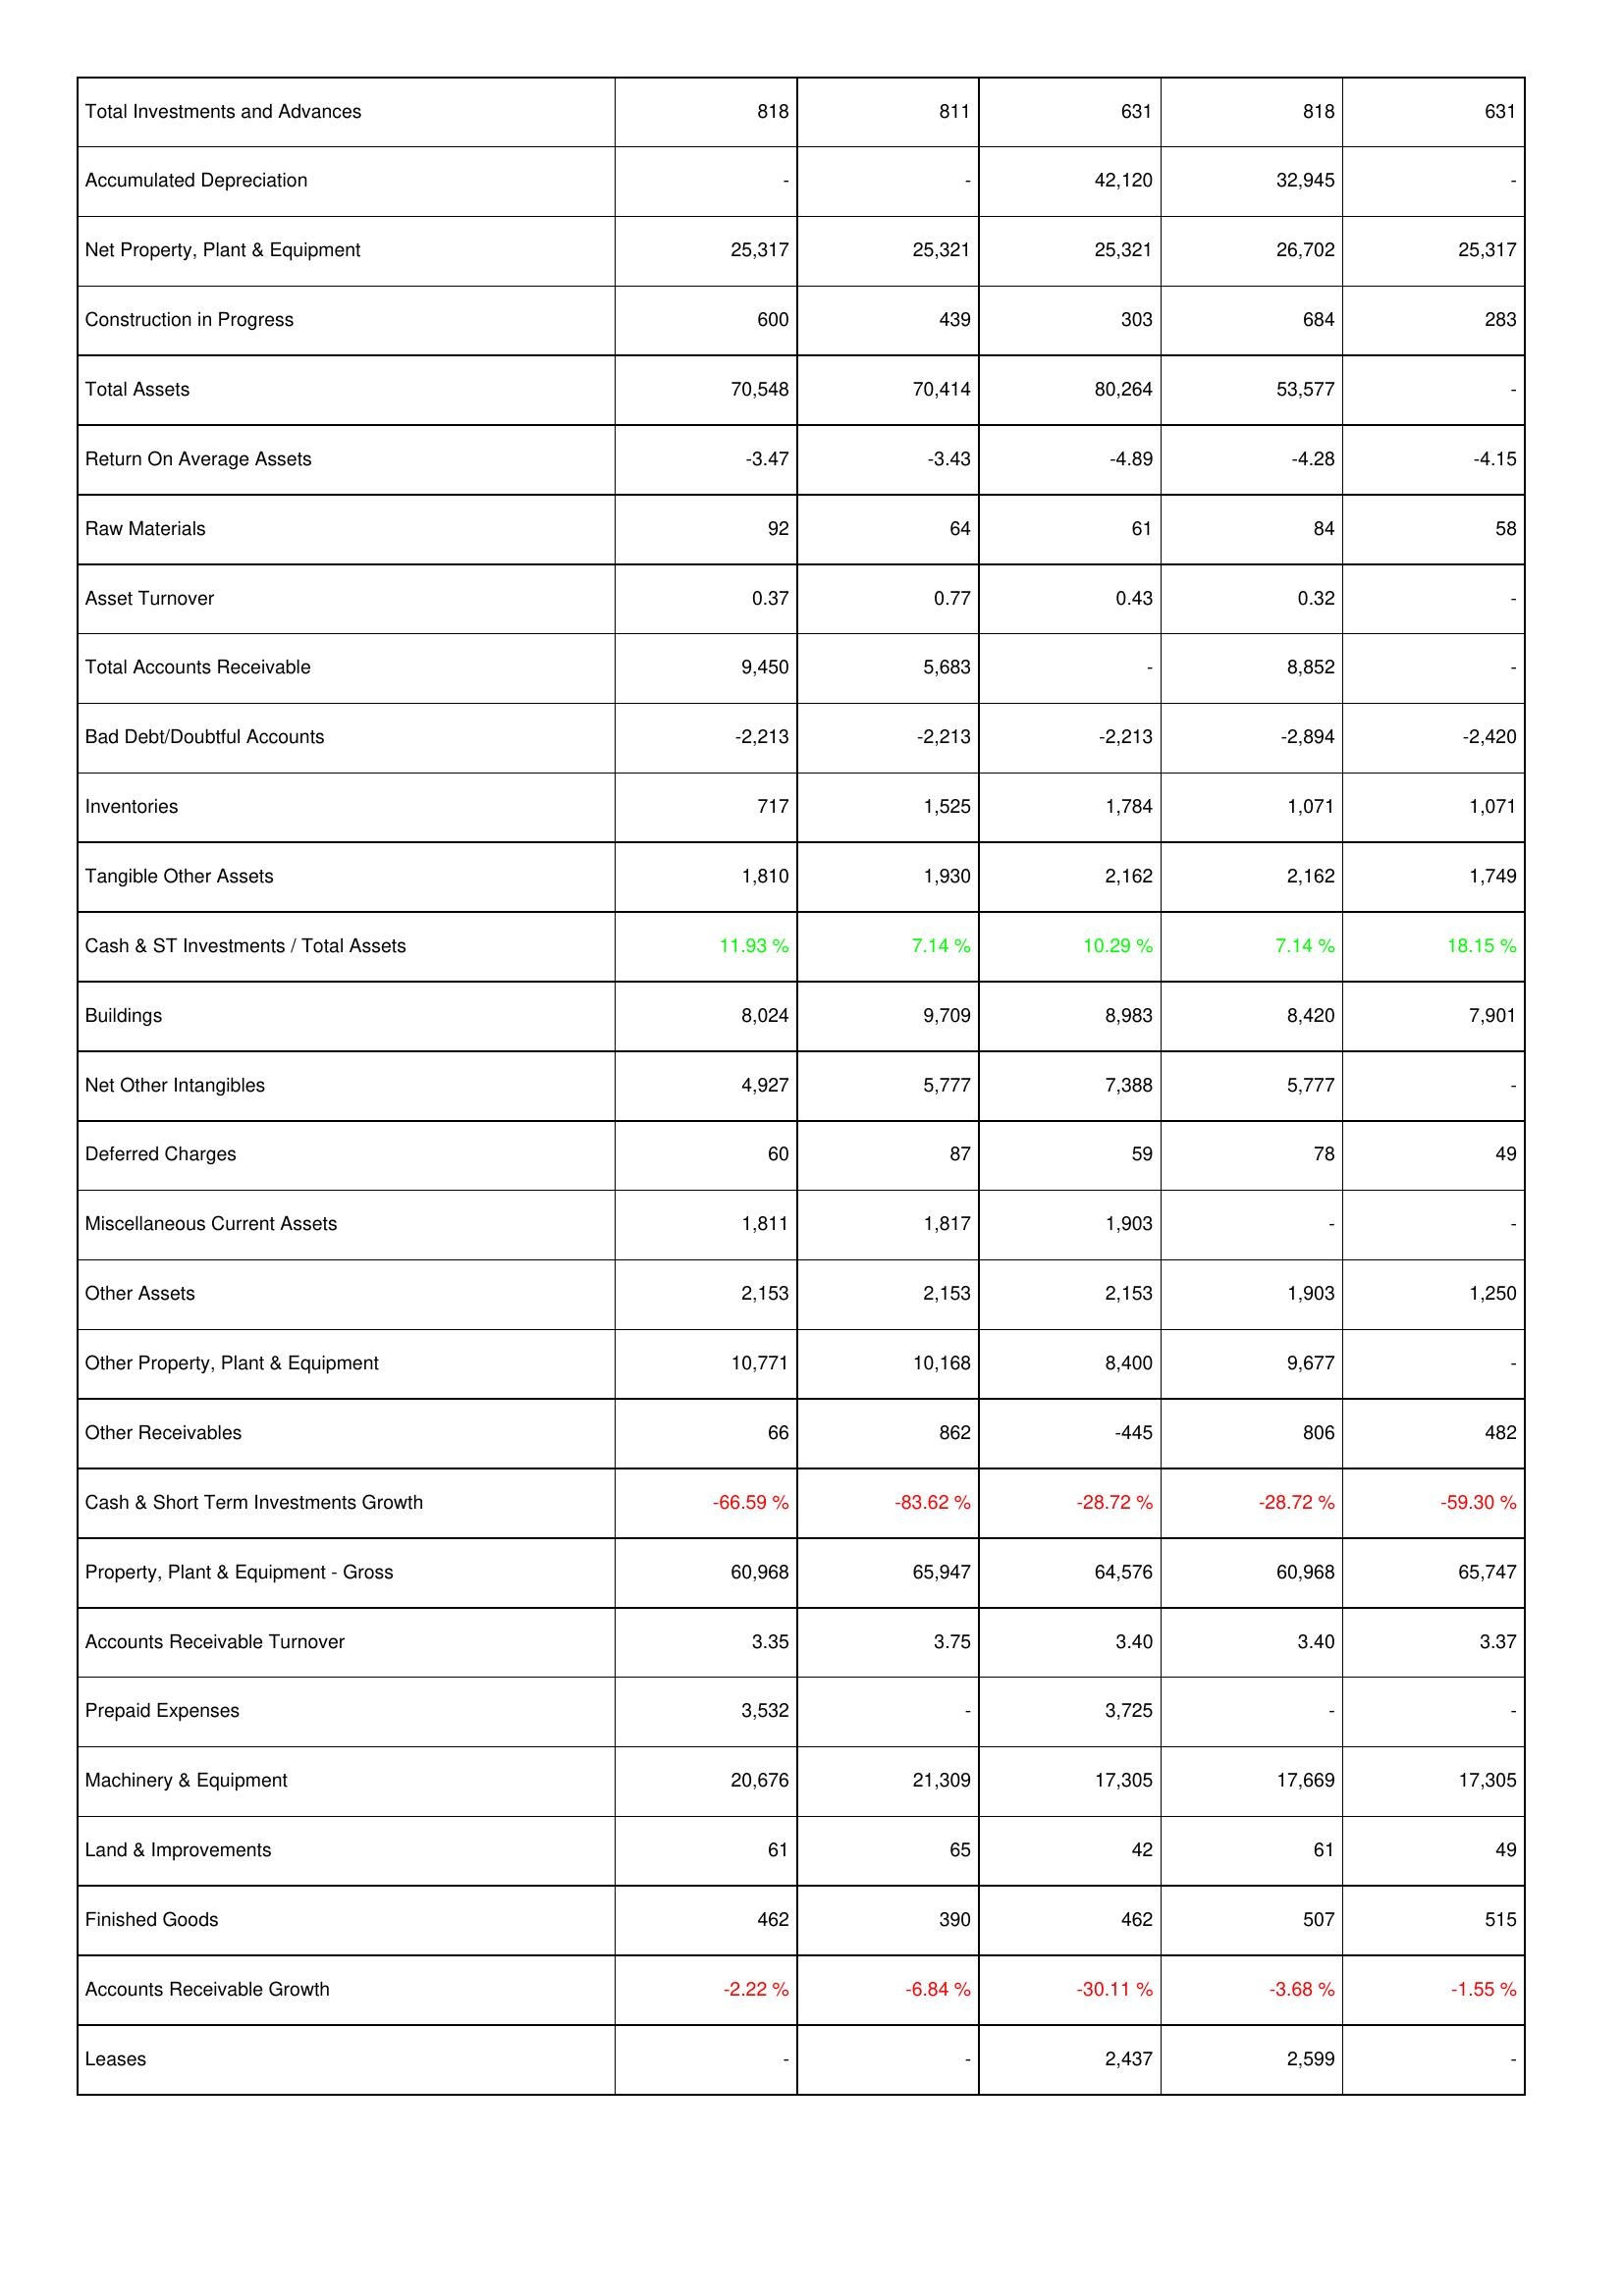
2017: Assets: Total Investments and Advances: 818
Accumulated Depreciation: -
Net Property, Plant & Equipment: 25,317
Construction in Progress: 600
Total Assets: 70,548
Return On Average Assets: -3.47
Raw Materials: 92
Asset Turnover: 0.37
Total Accounts Receivable: 9,450
Bad Debt/Doubtful Accounts: -2,213
Inventories: 717
Tangible Other Assets: 1,810
Cash & ST Investments / Total Assets: 11.93 %
Buildings: 8,024
Net Other Intangibles: 4,927
Deferred Charges: 60
Miscellaneous Current Assets: 1,811
Other Assets: 2,153
Other Property, Plant & Equipment: 10,771
Other Receivables: 66
Cash & Short Term Investments Growth: -66.59 %
Property, Plant & Equipment - Gross: 60,968
Accounts Receivable Turnover: 3.35
Prepaid Expenses: 3,532
Machinery & Equipment: 20,676
Land & Improvements: 61
Finished Goods: 462
Accounts Receivable Growth: -2.22 %
Leases: -
2016: Assets: Total Investments and Advances: 811
Accumulated Depreciation: -
Net Property, Plant & Equipment: 25,321
Construction in Progress: 439
Total Assets: 70,414
Return On Average Assets: -3.43
Raw Materials: 64
Asset Turnover: 0.77
Total Accounts Receivable: 5,683
Bad Debt/Doubtful Accounts: -2,213
Inventories: 1,525
Tangible Other Assets: 1,930
Cash & ST Investments / Total Assets: 7.14 %
Buildings: 9,709
Net Other Intangibles: 5,777
Deferred Charges: 87
Miscellaneous Current Assets: 1,817
Other Assets: 2,153
Other Property, Plant & Equipment: 10,168
Other Receivables: 862
Cash & Short Term Investments Growth: -83.62 %
Property, Plant & Equipment - Gross: 65,947
Accounts Receivable Turnover: 3.75
Prepaid Expenses: -
Machinery & Equipment: 21,309
Land & Improvements: 65
Finished Goods: 390
Accounts Receivable Growth: -6.84 %
Leases: -
2015: Assets: Total Investments and Advances: 631
Accumulated Depreciation: 42,120
Net Property, Plant & Equipment: 25,321
Construction in Progress: 303
Total Assets: 80,264
Return On Average Assets: -4.89
Raw Materials: 61
Asset Turnover: 0.43
Total Accounts Receivable: -
Bad Debt/Doubtful Accounts: -2,213
Inventories: 1,784
Tangible Other Assets: 2,162
Cash & ST Investments / Total Assets: 10.29 %
Buildings: 8,983
Net Other Intangibles: 7,388
Deferred Charges: 59
Miscellaneous Current Assets: 1,903
Other Assets: 2,153
Other Property, Plant & Equipment: 8,400
Other Receivables: -445
Cash & Short Term Investments Growth: -28.72 %
Property, Plant & Equipment - Gross: 64,576
Accounts Receivable Turnover: 3.40
Prepaid Expenses: 3,725
Machinery & Equipment: 17,305
Land & Improvements: 42
Finished Goods: 462
Accounts Receivable Growth: -30.11 %
Leases: 2,437
2014: Assets: Total Investments and Advances: 818
Accumulated Depreciation: 32,945
Net Property, Plant & Equipment: 26,702
Construction in Progress: 684
Total Assets: 53,577
Return On Average Assets: -4.28
Raw Materials: 84
Asset Turnover: 0.32
Total Accounts Receivable: 8,852
Bad Debt/Doubtful Accounts: -2,894
Inventories: 1,071
Tangible Other Assets: 2,162
Cash & ST Investments / Total Assets: 7.14 %
Buildings: 8,420
Net Other Intangibles: 5,777
Deferred Charges: 78
Miscellaneous Current Assets: -
Other Assets: 1,903
Other Property, Plant & Equipment: 9,677
Other Receivables: 806
Cash & Short Term Investments Growth: -28.72 %
Property, Plant & Equipment - Gross: 60,968
Accounts Receivable Turnover: 3.40
Prepaid Expenses: -
Machinery & Equipment: 17,669
Land & Improvements: 61
Finished Goods: 507
Accounts Receivable Growth: -3.68 %
Leases: 2,599
2013: Assets: Total Investments and Advances: 631
Accumulated Depreciation: -
Net Property, Plant & Equipment: 25,317
Construction in Progress: 283
Total Assets: -
Return On Average Assets: -4.15
Raw Materials: 58
Asset Turnover: -
Total Accounts Receivable: -
Bad Debt/Doubtful Accounts: -2,420
Inventories: 1,071
Tangible Other Assets: 1,749
Cash & ST Investments / Total Assets: 18.15 %
Buildings: 7,901
Net Other Intangibles: -
Deferred Charges: 49
Miscellaneous Current Assets: -
Other Assets: 1,250
Other Property, Plant & Equipment: -
Other Receivables: 482
Cash & Short Term Investments Growth: -59.30 %
Property, Plant & Equipment - Gross: 65,747
Accounts Receivable Turnover: 3.37
Prepaid Expenses: -
Machinery & Equipment: 17,305
Land & Improvements: 49
Finished Goods: 515
Accounts Receivable Growth: -1.55 %
Leases: -